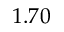
1 . 7 0